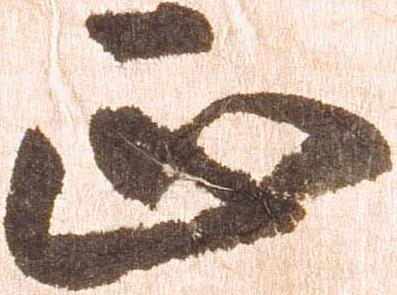
正